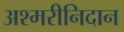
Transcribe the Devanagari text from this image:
अश्मरीनिदान